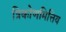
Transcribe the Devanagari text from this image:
त्रिकोणमित्तिय